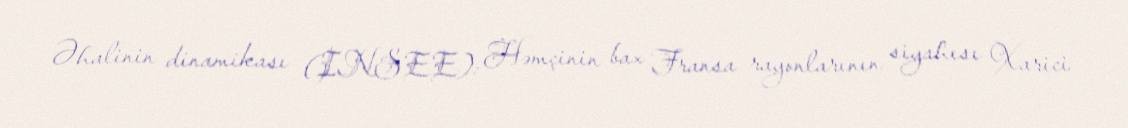
Əhalinin dinamikası (INSEE): Həmçinin bax Fransa rayonlarının siyahısı Xarici